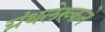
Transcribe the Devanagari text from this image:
ग्रंथलेख्कने